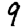
Digit: 9